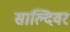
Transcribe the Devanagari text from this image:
साल्दिवर